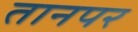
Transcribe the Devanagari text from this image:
तानपर